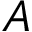
A